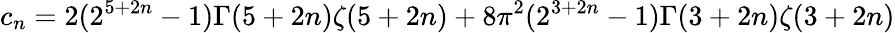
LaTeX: c_{n}=2(2^{5+2n}-1)\Gamma(5+2n)\zeta(5+2n)+8\pi^{2}(2^{3+2n}-1)\Gamma(3+2n)\zeta(3+2n)